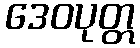
ဒေဝပုတ္တ